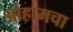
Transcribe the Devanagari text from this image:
ओहामचा